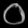
Digit: ၀